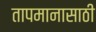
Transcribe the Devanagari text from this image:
तापमानासाठी